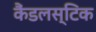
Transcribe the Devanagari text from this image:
कैंडलस्टिक